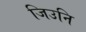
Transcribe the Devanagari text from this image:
जिउनि